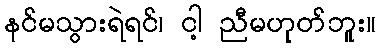
နင်မသွားရဲရင်၊ ငါ့ ညီမဟုတ်ဘူး။